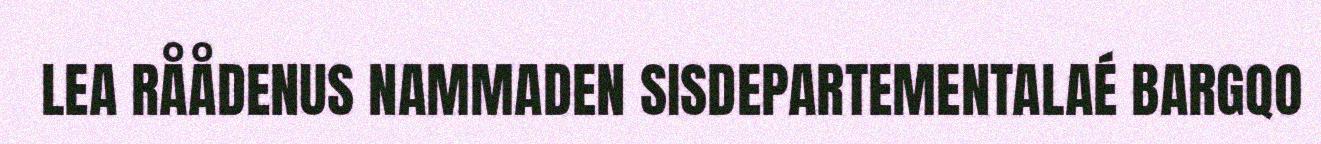
LEA RÅÅDENUS NAMMADEN SISDEPARTEMENTALAÉ BARGQO